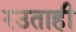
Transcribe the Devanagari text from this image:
रउताही